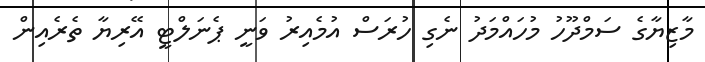
މާޒިޔާގެ ސަމްދޫހު މުހައްމަދު ނެގި ހުރަސް އުމެއިރު ވަނީ ޕެނަލްޓީ އޭރިޔާ ތެރެއިން